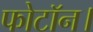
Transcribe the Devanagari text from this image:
फोटॉन।